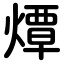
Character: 燂